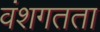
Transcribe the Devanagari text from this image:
वंशगतता